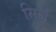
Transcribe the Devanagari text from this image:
सिर्ज